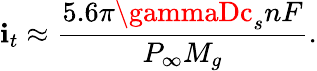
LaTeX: \mathbf{i}_{t}\approx\frac{{5.6\pi\gammaDc_{s}nF}}{{P_{\infty}M_{g}}}.